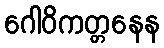
ဂေါဝိကတ္တနေန